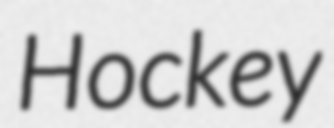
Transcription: Hockey